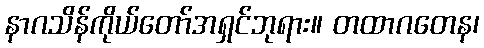
နာဂသိန်ကိုယ်တော်အရှင်ဘုရား။ တထာဂတေန၊